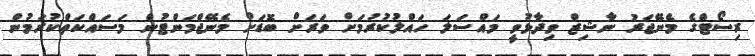
ރިސޯޓްގެ މެނޭޖަރު ނާޝިޒް ވިދާޅުވީ މައްސަލަ ހައްލުކުރުމަށް ވަރަށް ބޮޑަށް މެނޭޖްމަންޓުން މަސައްކަތްކުރަމުން